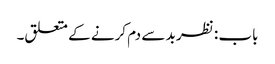
باب : نظر بد سے دم کرنے کے متعلق۔